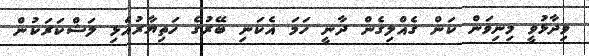
ވިދާޅުވީ މިނިވަން ކަން ގެއްލިގެން ދާނީ ހަމަ އެކަނި ބޭރުގެ ހަތިޔާރުއެޅި ލަޝްކަރަކުން